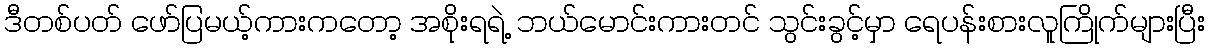
ဒီတစ်ပတ် ဖော်ပြမယ့်ကားကတော့ အစိုးရရဲ့ ဘယ်မောင်းကားတင် သွင်းခွင့်မှာ ရေပန်းစားလူကြိုက်များပြီး